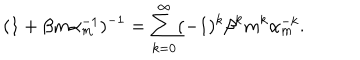
( 1 + \beta m \alpha _ { m } ^ { - 1 } ) ^ { - 1 } = \sum _ { k = 0 } ^ { \infty } ( - 1 ) ^ { k } \beta ^ { k } m ^ { k } \alpha _ { m } ^ { - k } .